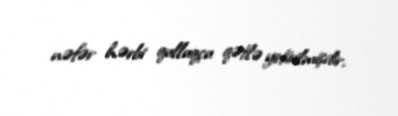
nəfər hərbi qulluqçu qətlə yetirilmişdir.